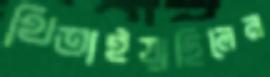
থিতাইয়াছিলেন